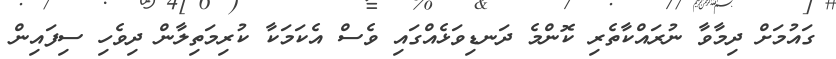
ގައުމަށް ދިމާވާ ނުރައްކާތެރި ކޮންމެ ދަނޑިވަޅެއްގައި ވެސް އެކަމަކާ ކުރިމަތިލާން ދިވެހި ސިފައިން